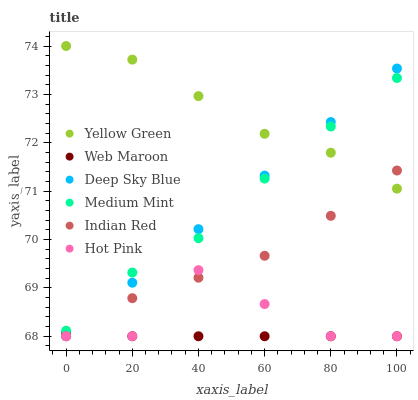
| xaxis_label | Yellow Green | Web Maroon | Deep Sky Blue | Medium Mint | Indian Red | Hot Pink |
 | --- | --- | --- | --- | --- | --- | --- |
 | 0 | 74 | 68.1 | 68 | 68.1 | 68 | 68 |
 | 20 | 73.7 | 68 | 69.1 | 69.3 | 68.8 | 68 |
 | 40 | 73 | 68 | 70.2 | 70 | 69.2 | 69.4 |
 | 60 | 72.2 | 68 | 71.3 | 71.3 | 69.7 | 68.7 |
 | 80 | 71.8 | 68 | 72.4 | 72.3 | 70.5 | 68 |
 | 100 | 71.1 | 68 | 73.5 | 73.3 | 71.4 | 68 |